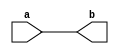
module PassThrough(a, b);
	input wire [3:0] a;
	output wire [3:0] b;
	assign b = a;
endmodule